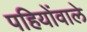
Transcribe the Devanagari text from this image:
पहियोंवाले